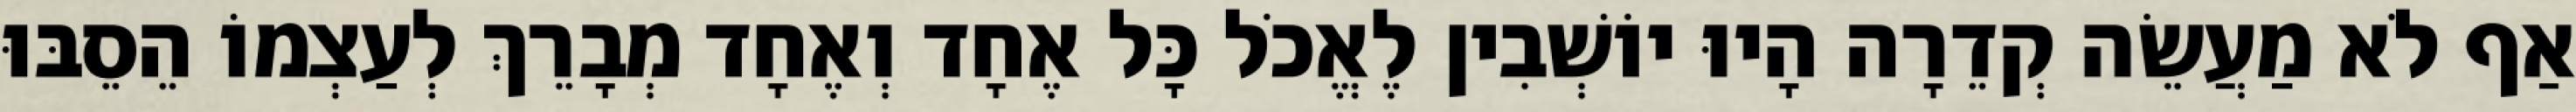
אַף לֹא מַעֲשֵׂה קְדֵרָה הָיוּ יוֹשְׁבִין לֶאֱכֹל כָּל אֶחָד וְאֶחָד מְבָרֵךְ לְעַצְמוֹ הֵסֵבּוּ